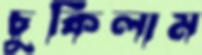
চুকিলাম